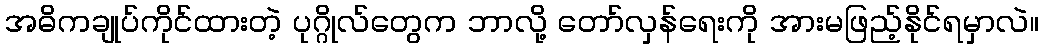
အဓိကချုပ်ကိုင်ထားတဲ့ ပုဂ္ဂိုလ်တွေက ဘာလို့ တော်လှန်ရေးကို အားမဖြည့်နိုင်ရမှာလဲ။